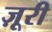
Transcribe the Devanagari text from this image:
ज़ूरी